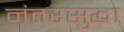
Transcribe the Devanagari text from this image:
नंतरसुद्धा